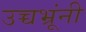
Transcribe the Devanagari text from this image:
उच्चभ्रूंनी